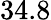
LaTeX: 34.8